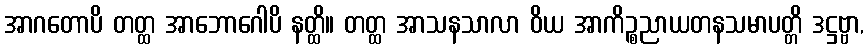
အာဂတောပိ တတ္ထ အာဘောဂေါပိ နတ္ထိ။ တတ္ထ အာသနသာလာ ဝိယ အာကိဉ္စညာယတနသမာပတ္တိ ဒဋ္ဌဗ္ဗာ,